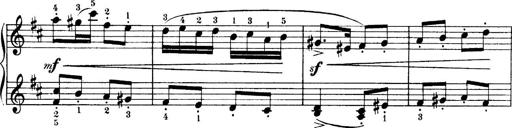
Title: 4 Sonatines
Composer: Max Reger